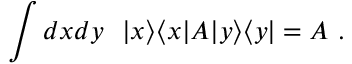
\int d x d y ~ ~ | x \rangle \langle x | A | y \rangle \langle y | = A ~ .